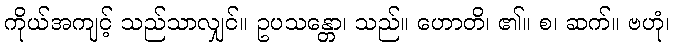
ကိုယ်အကျင့် သည်သာလျှင်။ ဥပသန္တော၊ သည်။ ဟောတိ၊ ၏။ စ၊ ဆက်။ ဗဟုံ၊